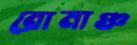
রোমাঞ্চ